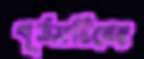
পূর্তসচিবের